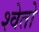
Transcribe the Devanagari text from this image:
श्‍वेतो